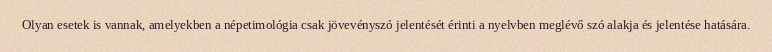
Olyan esetek is vannak, amelyekben a népetimológia csak jövevényszó jelentését érinti a nyelvben meglévő szó alakja és jelentése hatására.